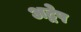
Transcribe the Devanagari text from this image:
अद्वेष